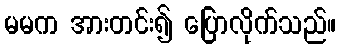
မမက အားတင်း၍ ပြောလိုက်သည်။